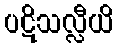
ပဋိသလ္လီယိ